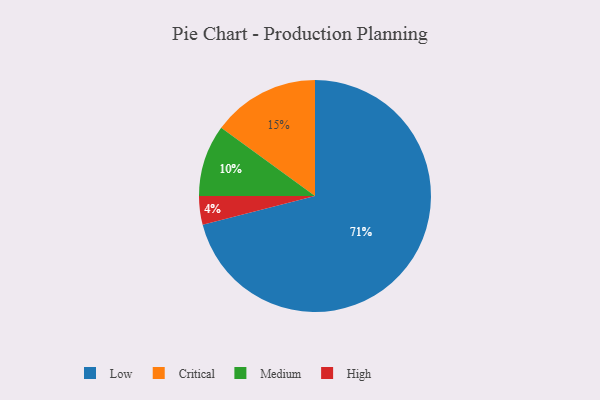
{"axis": {"x": "Category", "y": "Percentage"}, "legend": ["Critical", "High", "Low", "Medium"], "data": [{"x": "Low", "y": 71, "type": "Low"}, {"x": "High", "y": 4, "type": "High"}, {"x": "Medium", "y": 10, "type": "Medium"}, {"x": "Critical", "y": 15, "type": "Critical"}]}